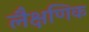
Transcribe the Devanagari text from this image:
लैक्षणिक